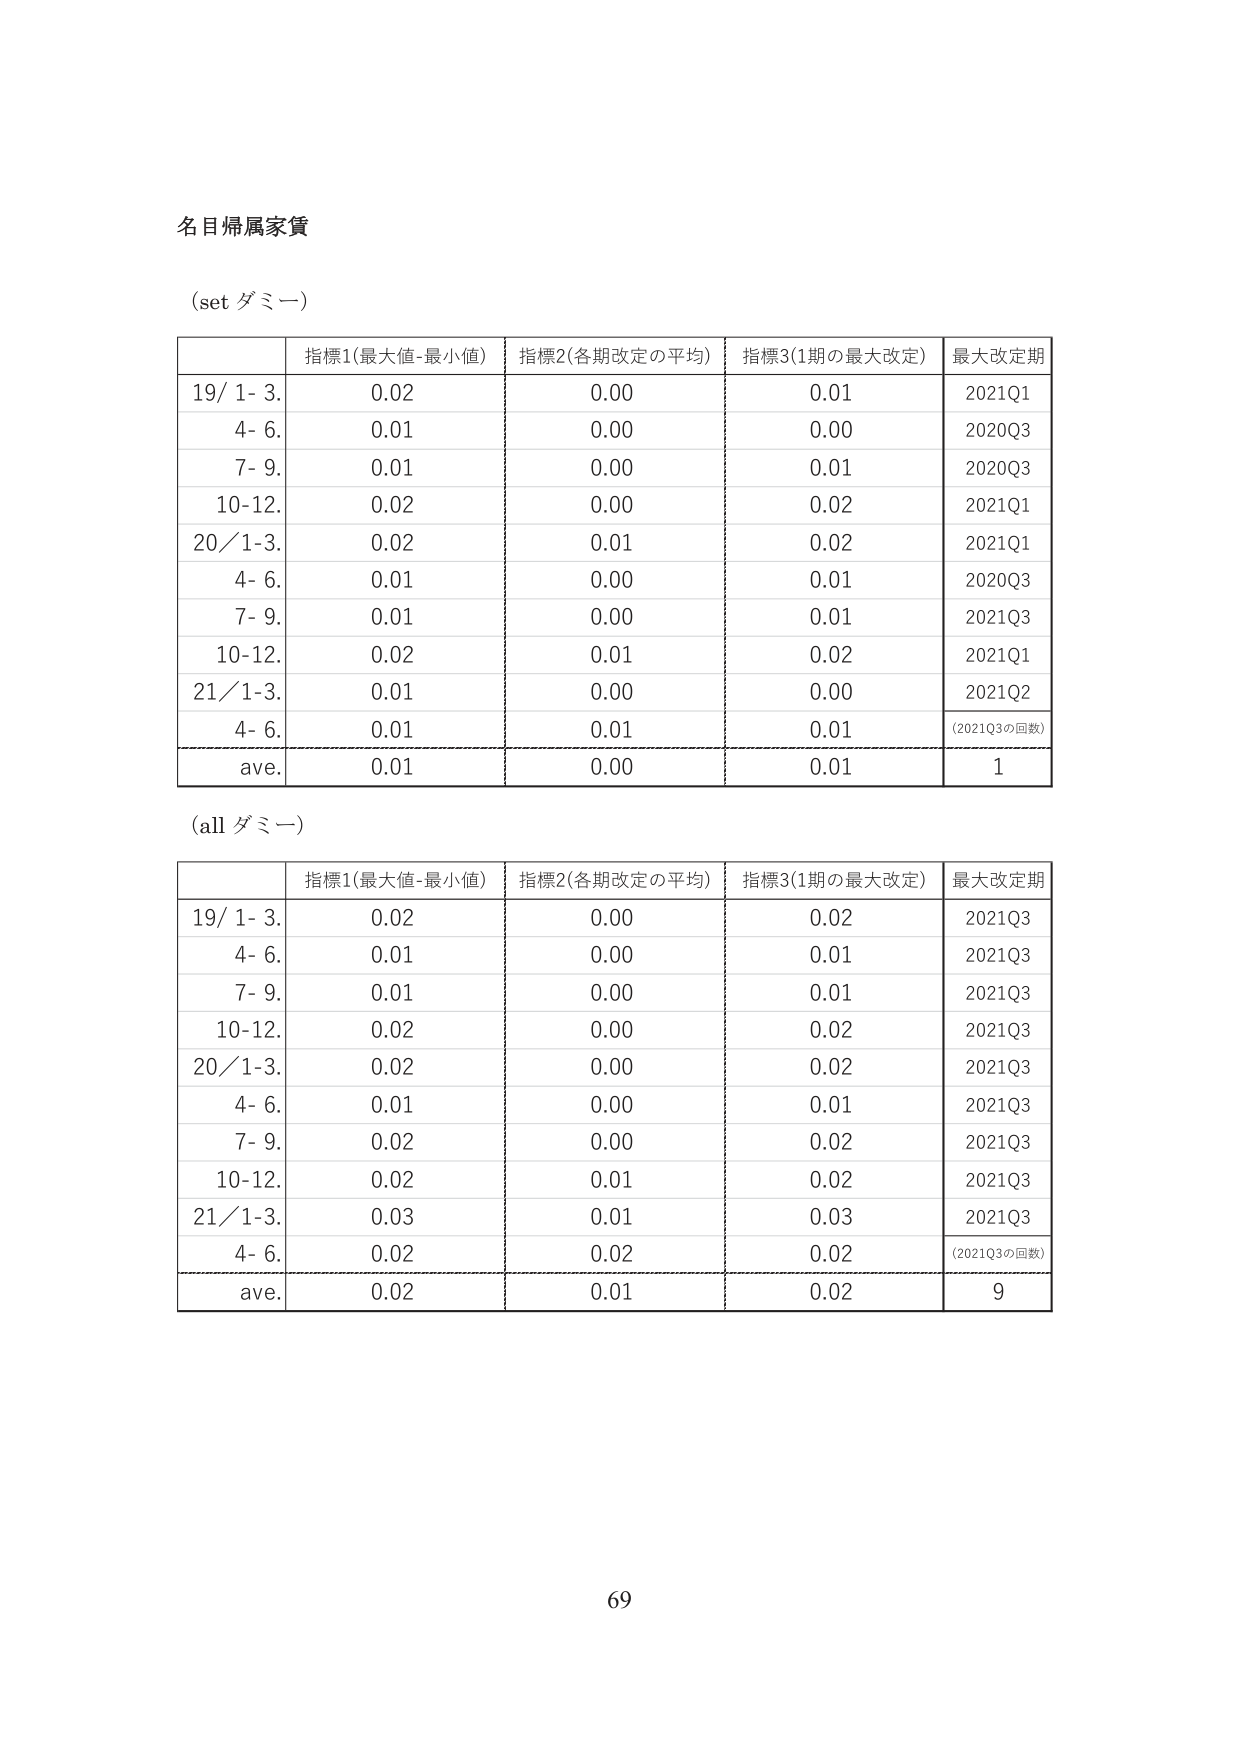
名目帰属家賃

(set ダミー)

| | 指標1(最大値-最小値) | 指標2(各期改定の平均) | 指標3(1期の最大改定) | 最大改定期 |
|---|---|---|---|---|
| 19/ 1- 3. | 0.02 | 0.00 | 0.01 | 2021Q1 |
| 4- 6. | 0.01 | 0.00 | 0.00 | 2020Q3 |
| 7- 9. | 0.01 | 0.00 | 0.01 | 2020Q3 |
| 10-12. | 0.02 | 0.00 | 0.02 | 2021Q1 |
| 20/ 1-3. | 0.02 | 0.01 | 0.02 | 2021Q1 |
| 4- 6. | 0.01 | 0.00 | 0.01 | 2020Q3 |
| 7- 9. | 0.01 | 0.00 | 0.01 | 2021Q3 |
| 10-12. | 0.02 | 0.01 | 0.02 | 2021Q1 |
| 21/ 1-3. | 0.01 | 0.00 | 0.00 | 2021Q2 |
| 4- 6. | 0.01 | 0.01 | 0.01 | (2021Q3の回数) |
| ave. | 0.01 | 0.00 | 0.01 | 1 |

(all ダミー)

| | 指標1(最大値-最小値) | 指標2(各期改定の平均) | 指標3(1期の最大改定) | 最大改定期 |
|---|---|---|---|---|
| 19/ 1- 3. | 0.02 | 0.00 | 0.02 | 2021Q3 |
| 4- 6. | 0.01 | 0.00 | 0.01 | 2021Q3 |
| 7- 9. | 0.01 | 0.00 | 0.01 | 2021Q3 |
| 10-12. | 0.02 | 0.00 | 0.02 | 2021Q3 |
| 20/ 1-3. | 0.02 | 0.00 | 0.02 | 2021Q3 |
| 4- 6. | 0.01 | 0.00 | 0.01 | 2021Q3 |
| 7- 9. | 0.02 | 0.00 | 0.02 | 2021Q3 |
| 10-12. | 0.02 | 0.01 | 0.02 | 2021Q3 |
| 21/ 1-3. | 0.03 | 0.01 | 0.03 | 2021Q3 |
| 4- 6. | 0.02 | 0.02 | 0.02 | (2021Q3の回数) |
| ave. | 0.02 | 0.01 | 0.02 | 9 |

69